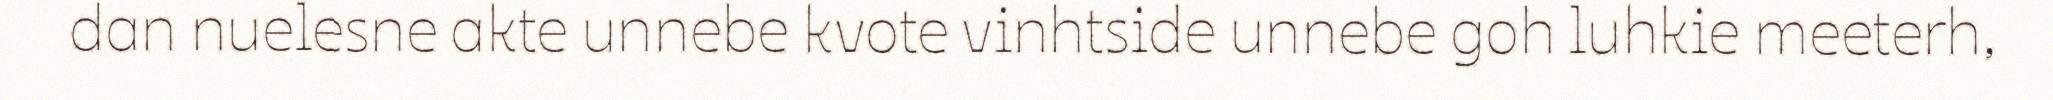
dan nuelesne akte unnebe kvote vinhtside unnebe goh luhkie meeterh,